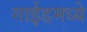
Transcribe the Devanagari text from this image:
गाईडमध्ये